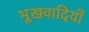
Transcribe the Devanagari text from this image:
भूखवादियों